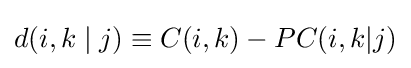
d(i,k\mid j)\equiv C(i,k)-PC(i,k|j)